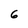
Character: 6